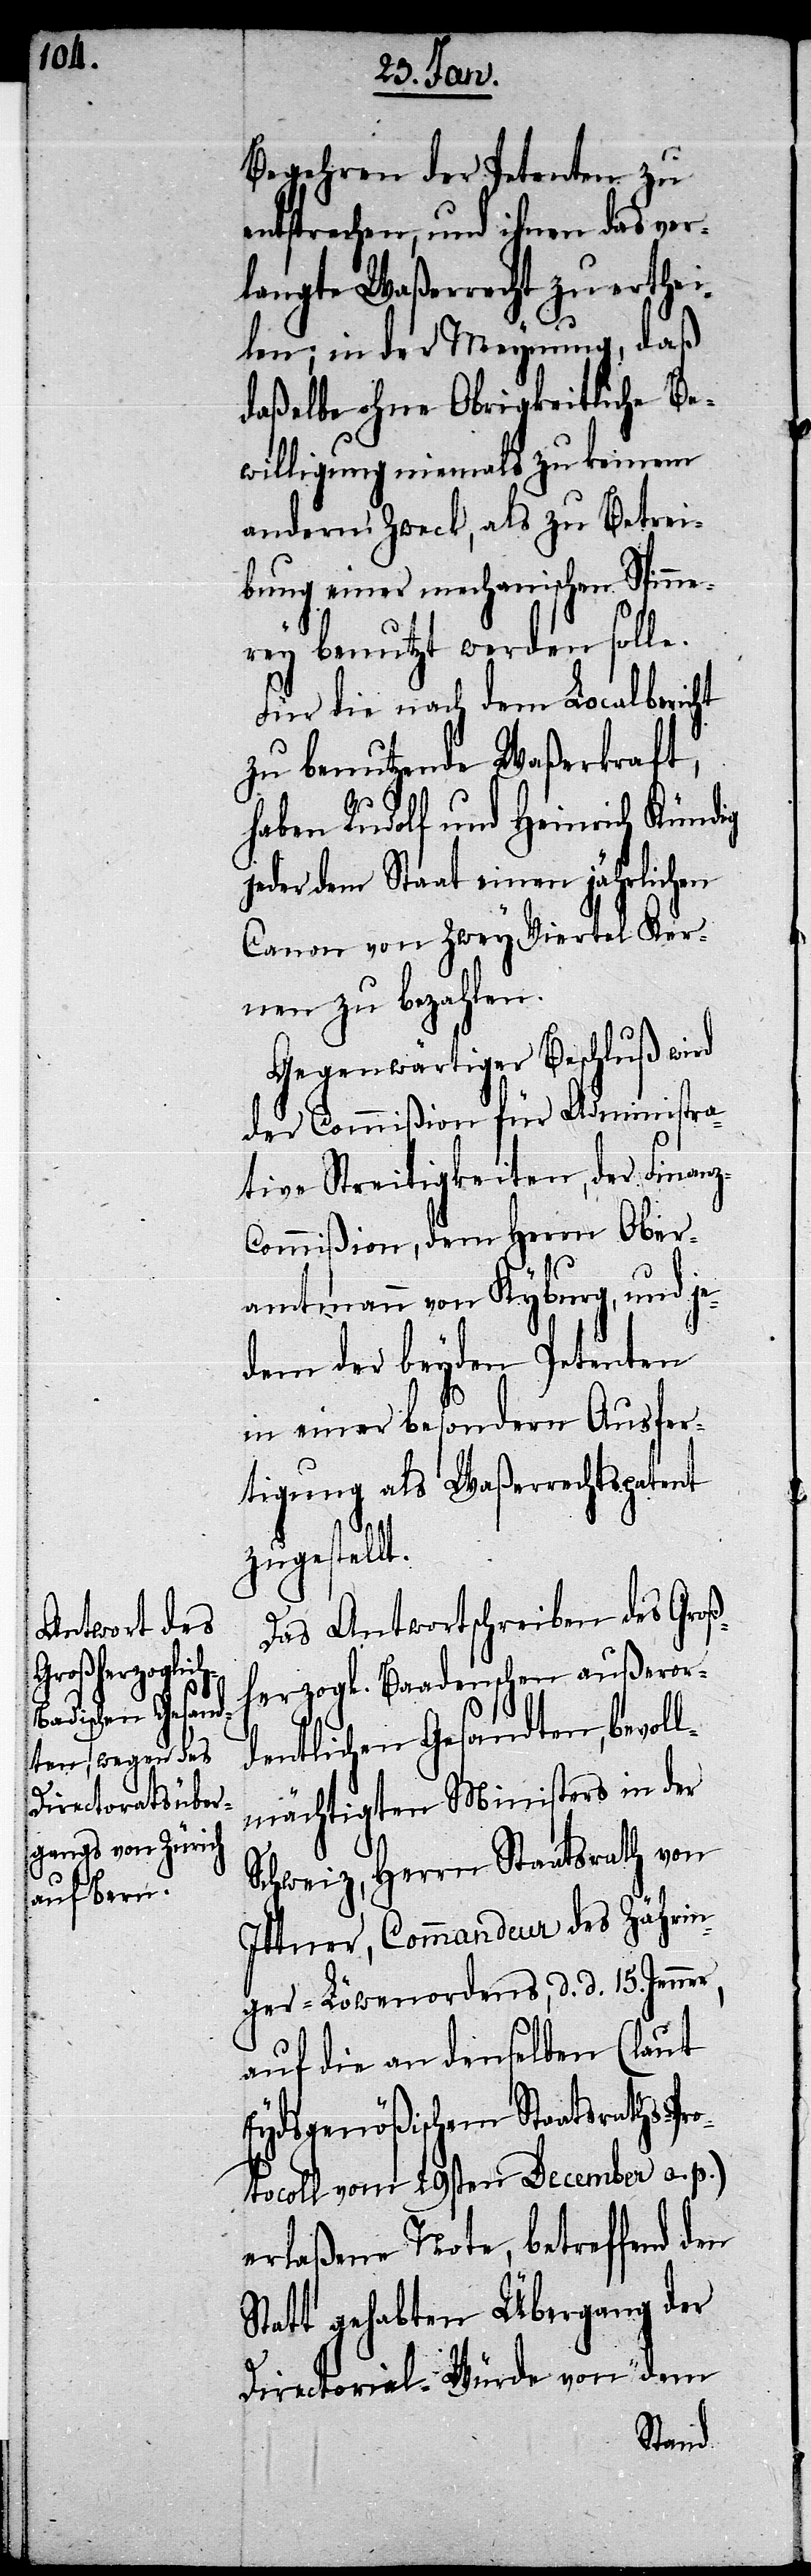
r,

Begehren der Petenten zu
entsprechen, und ihnen das ver¬
langte Waßerrecht zu erthei¬
len; in der Meynung, daß
daßelbe ohne Obrigkeitliche Be¬
willigung niemals zu keinem
andern Zweck, als zu Betrei¬
bung einer mechanischen Spinne¬
rey benutzt werden solle.
Für die nach dem Localbericht
zu benutzende Waßerkraft,
haben Rudolf und Heinrich Kündig
jeder dem Staat einen jährlichen
Canon von zwey Viertel Ker¬
nen zu bezahlen.
Gegenwärtiger Beschluß wird
der Commißion für Administra¬
tive Streitigkeiten, der Finanz-C¬
ommißion, dem Herrn Ober¬
amtmann von Kyburg, und je¬
dem der beyden Petenten
in einer besondern Ausfer¬
tigung als Waßerrechtspatent
zugestell¬
Das Antwortschreiben des Groß¬
herzogl. Baadenschen außeror¬
dentlichen Gesandten, bevoll¬
mächtigten Ministers in der
Schweiz, Herrn Staatsrath von
Ittner, Commandeur des Zährin¬
ger-Löwenordens, d. d. 15. Jenne¬
auf die an denselben (laut
Eydsgenößischem Staatsraths-Pro¬
tocoll vom 29sten December a. p.)
erlaßene Note, betreffend den
Statt gehabten Übergang der
Directorial-Würde von dem